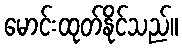
မောင်းထုတ်နိုင်သည်။